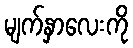
မျက်နှာလေးကို